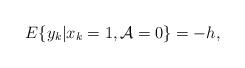
LaTeX: \begin{align*}E\{y_{k} | x_{k} = 1, \mathcal{A} = 0 \} = -h,\end{align*}